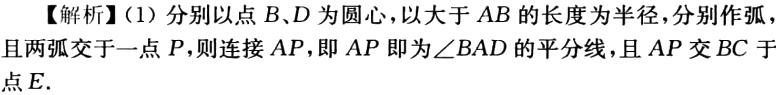
【解析】(1) 分别以点 \(B、D\) 为圆心，以大于 \(AB\) 的长度为半径，分别作弧，且两弧交于一点 \(P\)，则连接 \(AP\)，即 \(AP\) 即为\(\angle BAD\) 的平分线，且 \(AP\) 交 \(BC\) 于点 \(E\).